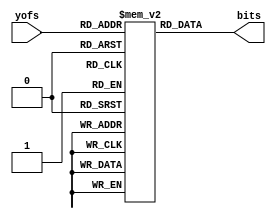
module enemy_bitmap(yofs, bits);
  
  input [3:0] yofs;
  output [7:0] bits;

  reg [7:0] bitarray[0:15];
  
  assign bits = bitarray[yofs];
  
  initial begin/*{w:8,h:16}*/
    bitarray[0] = 8'b0;
    bitarray[1] = 8'b11111111;
    bitarray[2] = 8'b11111111;
    bitarray[3] = 8'b11111111;
    bitarray[4] = 8'b11111111;
    bitarray[5] = 8'b11111111;
    bitarray[6] = 8'b11111111;
    bitarray[7] = 8'b11111111;
    bitarray[8] = 8'b11111111;
    bitarray[9] = 8'b11111111;
    bitarray[10] = 8'b11111111;
    bitarray[11] = 8'b11111111;
    bitarray[12] = 8'b11111111;
    bitarray[13] = 8'b11111111;
    bitarray[14] = 8'b11111111;
    bitarray[15] = 8'b11111111;
  end
  
endmodule
module enemysprite_bitmap_top(clk, reset, hsync, vsync, rgb);

  input clk, reset;
  output hsync, vsync;
  output [2:0] rgb;
  wire display_on;
  wire [8:0] hpos;
  wire [8:0] vpos;
  
  //player sptrites
  reg sprite_active;
  reg [3:0] enemy_sprite_xofs;
  reg [3:0] enemy_sprite_yofs;
  wire [7:0] enemy_sprite_bits;
  
  reg [8:0] enemy_x = 128;
  reg [8:0] enemy_y = 128;

  hvsync_Generator hvsync_gen(
    .clk(clk),
    .reset(reset),
    .hsync(hsync),
    .vsync(vsync),
    .display_on(display_on),
    .hpos(hpos),
    .vpos(vpos)
  );
  
  enemy_bitmap player(
    .yofs(enemy_sprite_yofs),
    .bits(enemy_sprite_bits));
  
   // start Y counter when we hit the top border (player_y)
  always @(posedge hsync)
    if (vpos == enemy_y)
      enemy_sprite_yofs <= 15;
  else if (enemy_sprite_yofs != 0)
      enemy_sprite_yofs <= enemy_sprite_yofs - 1;
  
  // restart X counter when we hit the left border (player_x)
  always @(posedge clk)
    if (hpos == enemy_x)
      enemy_sprite_xofs <= 15;
  else if (enemy_sprite_xofs != 0)
      enemy_sprite_xofs <= enemy_sprite_xofs - 1;
  
  
  wire [3:0] enemy_bit = enemy_sprite_xofs>=8 ? 
                                 15-enemy_sprite_xofs:
                                 enemy_sprite_xofs;
  // The actual display of the player
  wire enemy_gfx = enemy_sprite_bits[enemy_bit[2:0]];

  wire r = display_on && enemy_gfx;
  wire g = display_on && enemy_gfx;
  wire b = display_on && enemy_gfx;
  assign rgb = {b,g,r};

endmodule